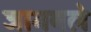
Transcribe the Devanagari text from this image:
जागवले